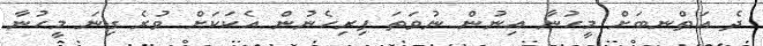
ދެ އަތްނބަށް މީހުނާ އިނުން ނުވަތަ ފިރިހެނުން އެކަކަށް ވުރެ ގިނަ މީހުނާ